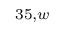
^ { 3 5 , w }